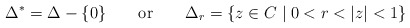
\begin{align*}\Delta^*=\Delta-\{0\} \qquad \textrm{or} \qquad \Delta_r=\{z \in C \mid 0<r<|z|<1\}\end{align*}